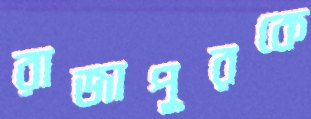
রাজাপুরকে